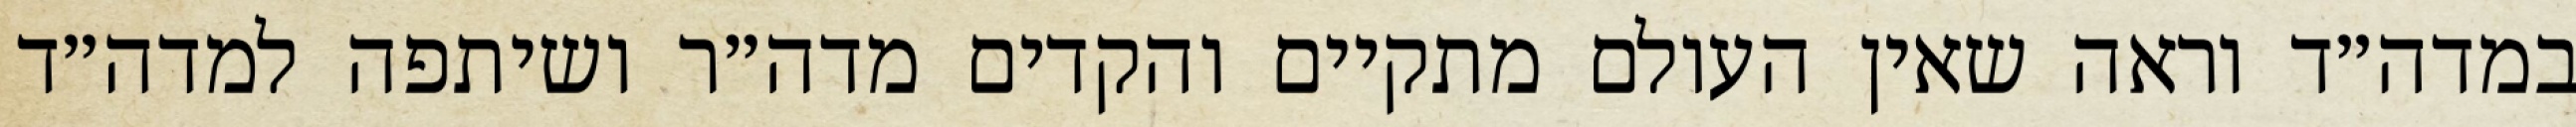
במדה״ד וראה שאין העולם מתקיים והקדים מדה״ר ושיתפה למדה״ד